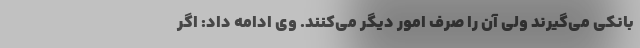
بانکی می‌گیرند ولی آن را صرف امور دیگر می‌کنند. وی ادامه داد: اگر